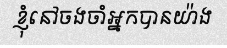
ខ្ញុំនៅចងចាំអ្នកបានយ៉ាង